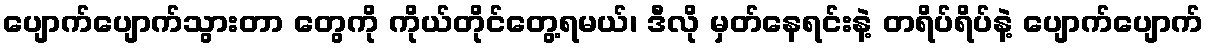
ပျောက်ပျောက်သွားတာ တွေကို ကိုယ်တိုင်တွေ့ရမယ်၊ ဒီလို မှတ်နေရင်းနဲ့ တရိပ်ရိပ်နဲ့ ပျောက်ပျောက်